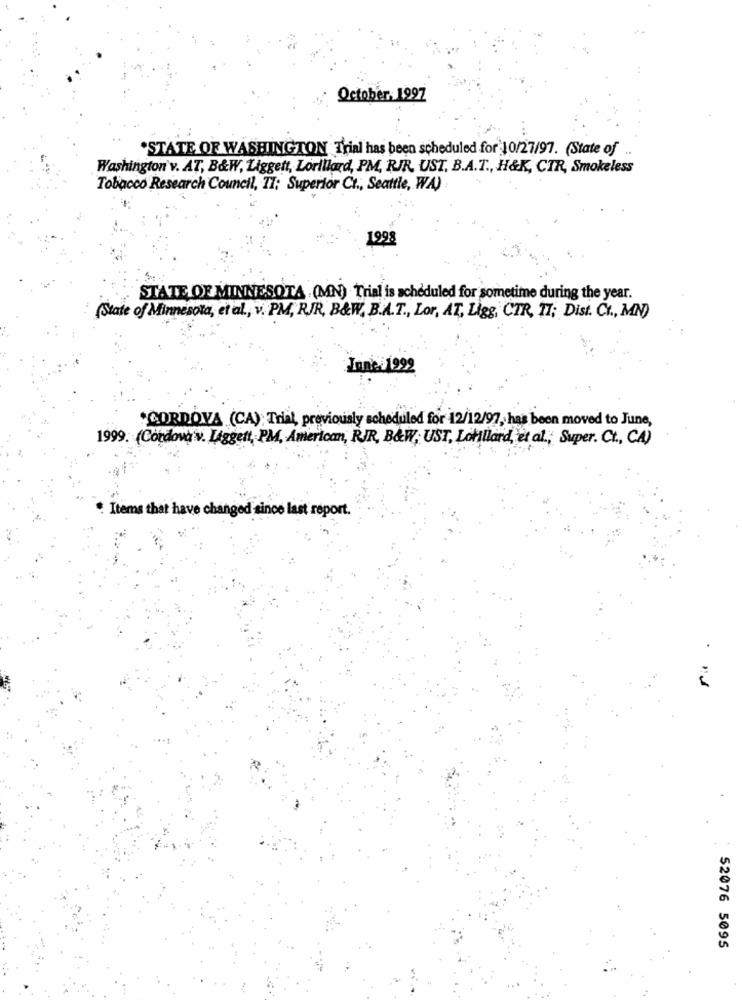
October. 1997
*STATE OF WASHINGTON Trial has been scheduled for 10/27/97. (State of
Washington v. AT, B&W, Liggett, Lorillard, PM, RJR, UST. B.A.T ., H&K, CTR, Smokeless
Tobacco Research Council, 11; Superior Ct ., Seattle, WA)
1998
STATE OF MINNESOTA . (MN) Trial is scheduled for sometime during the year.
(State of Minnesota, et al ., v. PM, RJR, B&W. B.A.T ., Lor, AT, Ligg, CTR, TI; Dist. C ., MN)
Inne:1992
*CORDOVA (CA) Trial, previously scheduled for 12/12/97, has been moved to June,
1999. (Cordova v. Liggett, PM, American, RIR, B&W; UST, Latillard, et al .; Super. Ct ., CA)
Items that have changed since last report.
.
52076 5095